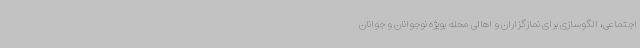
اجتماعی، الگوسازی برای نمازگزاران و اهالی محله بویژه نوجوانان و جوانان